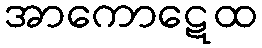
အာကောဋေထ